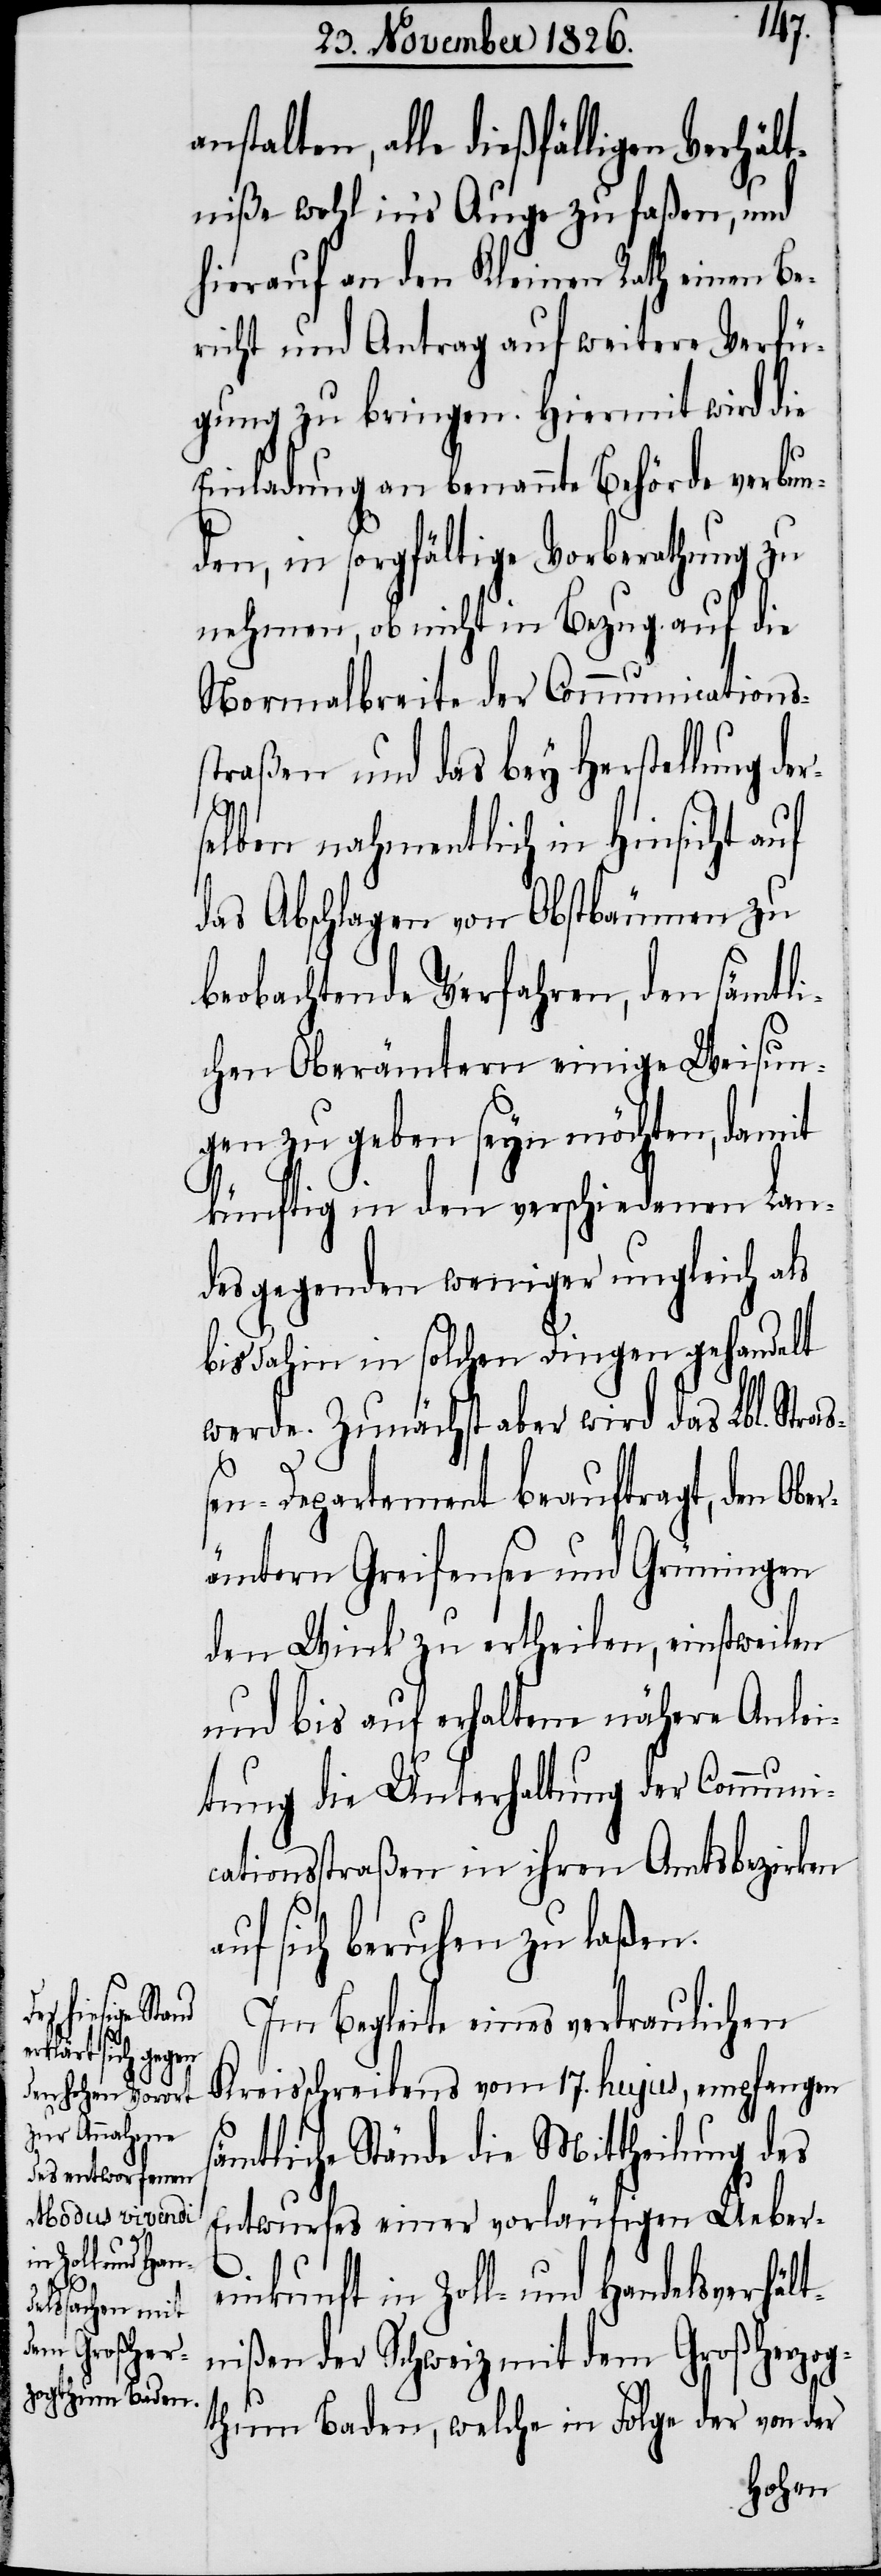
nstalten, alle dießfälligen Verhält¬
niße wohl in’s Auge zu faßen, und
hierauf an den Kleinen Rath einen Be¬
richt und Antrag auf weitere Verfü¬
gung zu bringen. Hiermit wird die
Einladung an benannte Behörde verbun¬
den, in sorgfältige Vorberathung zu
nehmen, ob nicht in Bezug auf die
Normalbreite der Communications¬
straßen und das bey Herstellung de¬
r¬
selben nahmentlich in Hinsicht auf
das Abschlagen von Obstbäumen zu
beobachtende Verfahren, den sämtli¬
chen Oberämtern einige Weisun¬
gen zu geben seyn möchten, damit
künftig in den verschiedenen Lan¬
desgegenden weniger ungleich als
bis dahin in solchen Dingen gehandelt
werde. Zunächst aber wird das Lbl. Stra¬
a¬
ßen-Departement beauftragt, den Ober¬
ämtern Greifensee und Grüningen
den Wink zu ertheilen, einstweilen
und bis auf erhaltene nähere Anlei¬
tung die Unterhaltung der Communi¬
cationsstraßen in ihren Amtsbezirken
uf sich beruhen zu laßen.
Im Begleite eines vertraulichen
Kreisschreibens vom 17. hujus, empfangen
sämtliche Stände die Mittheilung des
Entwurfes einer vorläufigen Ueber¬
einkunft in Zoll- und Handelsverhält¬
nißen der Schweiz mit dem Großherzog¬
thum Baden, welche in Folge der von der